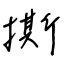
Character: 撕